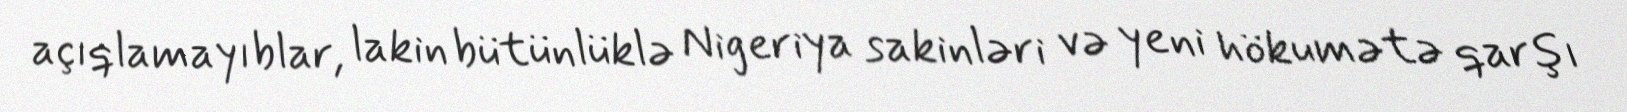
açıqlamayıblar, lakin bütünlüklə Nigeriya sakinləri və yeni hökumətə qarşı